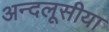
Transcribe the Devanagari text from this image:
अन्दलूसीया